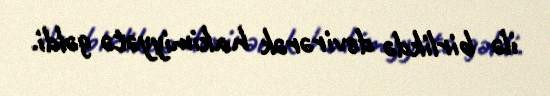
ilə birlikdə devirərək hakimiyyətə gəldi.